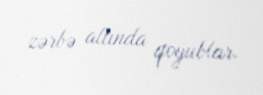
zərbə altında qoyublar.